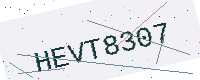
Text: HEVT8307